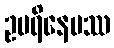
ဥပရိနေမဿ